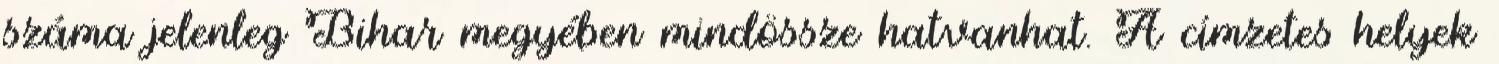
száma jelenleg Bihar megyében mindössze hatvanhat. A címzetes helyek